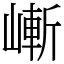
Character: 嶃